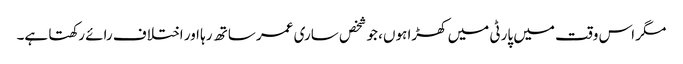
مگر اس وقت میں پارٹی میں کھڑا ہوں، جو شخص ساری عمر ساتھ رہا اور اختلاف رائے رکھتا ہے۔